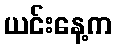
ယင်းနေ့က